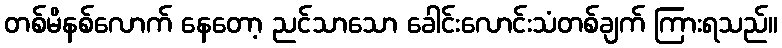
တစ်မိနစ်လောက် နေတော့ ညင်သာသော ခေါင်းလောင်းသံတစ်ချက် ကြားရသည်။